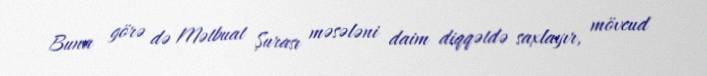
Buna görə də Mətbuat Şurası məsələni daim diqqətdə saxlayır, mövcud